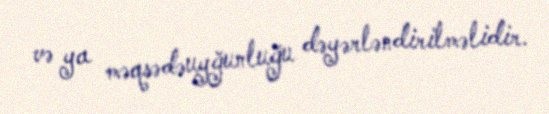
və ya məqsədəuyğunluğu dəyərləndirilməlidir.